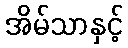
အိမ်သာနှင့်